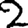
Digit: 2